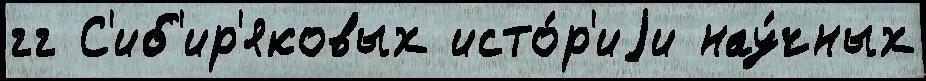
гг С'иб'ир'яковых исто́р'иjи нау́чных